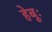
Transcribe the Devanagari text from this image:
हेबूः